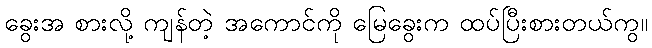
ခွေးအ စားလို့ ကျန်တဲ့ အကောင်ကို မြေခွေးက ထပ်ပြီးစားတယ်ကွ။